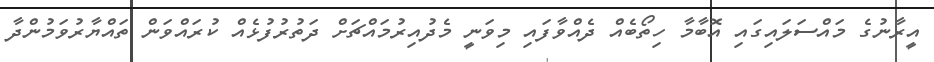
އީރާނުގެ މައްސަލައިގައި އޮބާމާ ހިތޯބެއް ދެއްވާފައި މިވަނީ މެދުއިރުމައްޗަށް ދަތުރުފުޅެއް ކުރައްވަން ތައްޔާރުވަމުންދާ